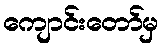
ကျောင်းတော်မှ